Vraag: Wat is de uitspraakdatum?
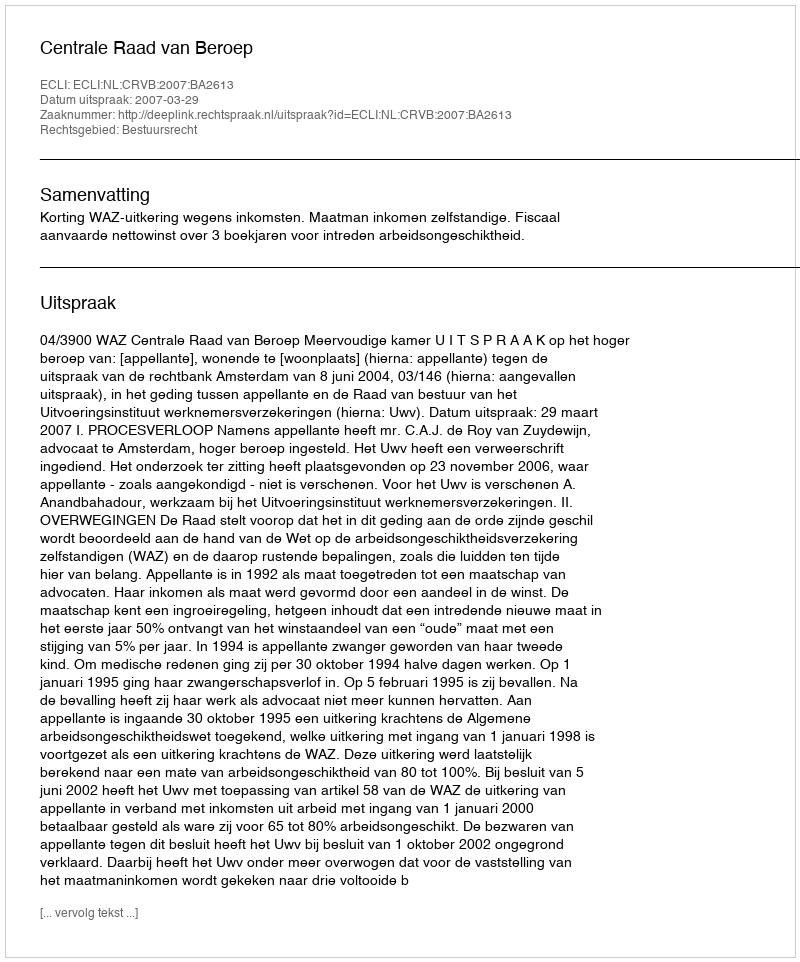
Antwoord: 2007-03-29